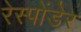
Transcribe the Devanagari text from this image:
रेस्पोंडेर